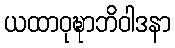
ယထာဝုဍ္ဎာဘိဝါဒနာ